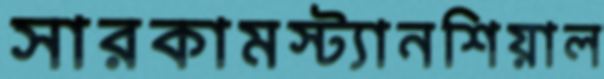
সারকামস্ট্যানশিয়াল